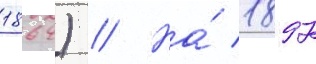
1864) // На́ 1897